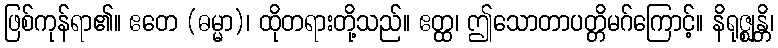
ဖြစ်ကုန်ရာ၏။ ဧတေ (ဓမ္မာ)၊ ထိုတရားတို့သည်။ ဧတ္ထ၊ ဤသောတာပတ္တိမဂ်ကြောင့်။ နိရုဇ္ဈန္တိ၊